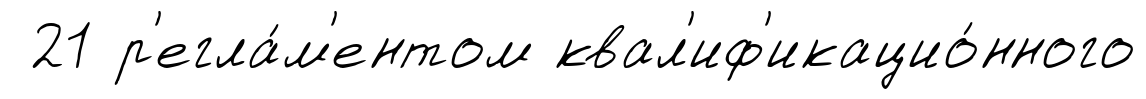
21 р'егла́м'ентом квал'иф'икацио́нного